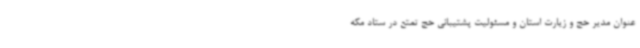
عنوان مدیر حج و زیارت استان و مسئولیت پشتیبانی حج تمتع در ستاد مکه